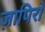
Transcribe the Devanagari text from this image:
ज़ापिरो